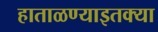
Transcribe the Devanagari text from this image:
हाताळण्याइतक्या